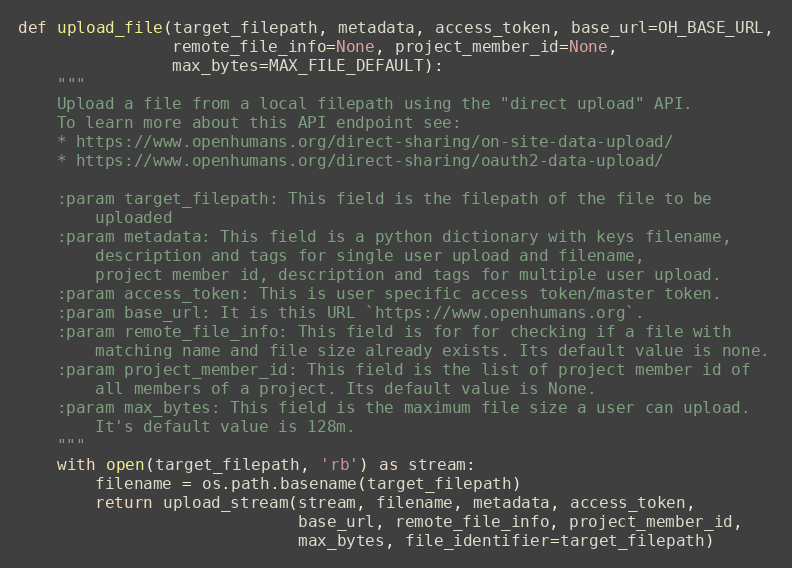
Language: Python
def upload_file(target_filepath, metadata, access_token, base_url=OH_BASE_URL,
                remote_file_info=None, project_member_id=None,
                max_bytes=MAX_FILE_DEFAULT):
    """
    Upload a file from a local filepath using the "direct upload" API.
    To learn more about this API endpoint see:
    * https://www.openhumans.org/direct-sharing/on-site-data-upload/
    * https://www.openhumans.org/direct-sharing/oauth2-data-upload/

    :param target_filepath: This field is the filepath of the file to be
        uploaded
    :param metadata: This field is a python dictionary with keys filename,
        description and tags for single user upload and filename,
        project member id, description and tags for multiple user upload.
    :param access_token: This is user specific access token/master token.
    :param base_url: It is this URL `https://www.openhumans.org`.
    :param remote_file_info: This field is for for checking if a file with
        matching name and file size already exists. Its default value is none.
    :param project_member_id: This field is the list of project member id of
        all members of a project. Its default value is None.
    :param max_bytes: This field is the maximum file size a user can upload.
        It's default value is 128m.
    """
    with open(target_filepath, 'rb') as stream:
        filename = os.path.basename(target_filepath)
        return upload_stream(stream, filename, metadata, access_token,
                             base_url, remote_file_info, project_member_id,
                             max_bytes, file_identifier=target_filepath)